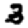
Digit: 3